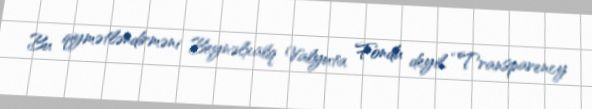
Bu qiymətləndirməni Beynəlxalq Valyuta Fondu deyil, “Transparency